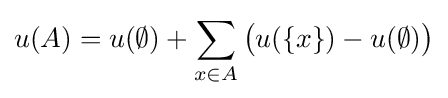
u(A)=u(\emptyset )+\sum _{x\in A}{\big (}u(\{x\})-u(\emptyset ){\big )}